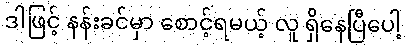
ဒါဖြင့် နန်းခင်မှာ စောင့်ရမယ့် လူ ရှိနေပြီပေါ့